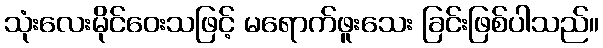
သုံးလေးမိုင်ဝေးသဖြင့် မရောက်ဖူးသေး ခြင်းဖြစ်ပါသည်။